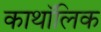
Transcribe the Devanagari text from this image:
काथॉलिक